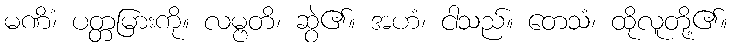
မဏိံ၊ ပတ္တမြားကို။ လမ္ဗတိ၊ ဆွဲ၏။ အဟံ၊ ငါသည်။ တေသံ၊ ထိုလူတို့၏။